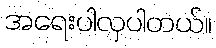
အရေးပါလှပါတယ်။